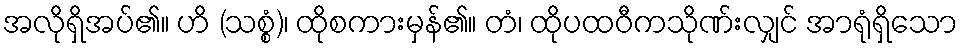
အလိုရှိအပ်၏။ ဟိ (သစ္စံ)၊ ထိုစကားမှန်၏။ တံ၊ ထိုပထဝီကသိုဏ်းလျှင် အာရုံရှိသော